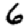
Digit: 6